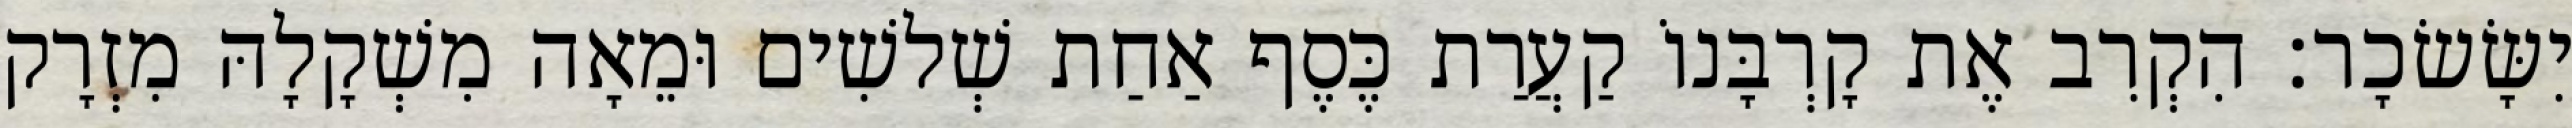
יִשָּׂשׂכָר׃ הִקְרִב אֶת קָרְבָּנוֹ קַעֲרַת כֶּסֶף אַחַת שְׁלשִׁים וּמֵאָה מִשְׁקָלָהּ מִזְרָק